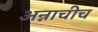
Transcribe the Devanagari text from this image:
अन्नाचीच